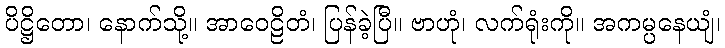
ပိဋ္ဌိတော၊ နောက်သို့။ အာဝေဠိတံ၊ ပြန်ခဲ့ပြီ။ ဗာဟုံ၊ လက်ရုံးကို။ အကမ္ပနေယျံ၊